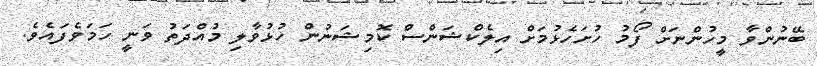
ބޭނުންވާ މީހުންނަށް ފޯމު ހުށަހެޅުމަށް އިލެކްޝަންސް ކޮމިޝަނުން ހުޅުވާލި މުއްދަތު ވަނީ ހަމަވެފައެވެ.